Dysentery and liver abscess in Bombay - Number 47
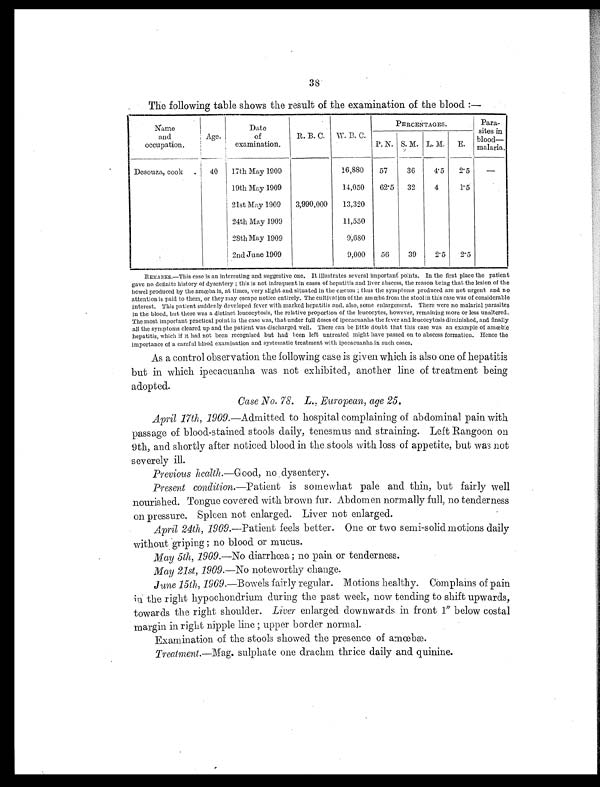
38
The following table shows the result of the examination of the blood :—
Name
and
occupation.
Age.
Date
of
examination.
R. B. C. W. B. C.
PERCENTAGES.
Para-
sites in
• blood—
malaria.
P. N. S. M. L. M. E.
Desouza, cook
40
17th May 1009
16,880
57
36
4.5
2.5
—
19th May 1909
14,050
62.5
32
4
1.5
21st May 1909
3,990,000
13,320
24th May 1909
11,550
28th May 1909
9,680
2nd June 1909
9,000
56
39
2.5
2.5
R E M A R K S . — T h i s c a s e i s a n i n t e r e s t i n g a n d s u g g e s t i v e o n e . I t i l l u s t r a t e s s e v e r a l i m p o r t a n t p o i n t s . I n t h e f i r s t p l a c e t h e p a t i e n t
gave no definite history of dysentery ; this is not infrequent in cases of hepatitis and liver abscess, the reason being that the lesion of the
bowel produced by the amœba i s, at ti mes, very sl i ght and si tuated i n the cæcum ; thus the symptoms produced are not urgent and no
attention is paid to them, or they may escape notice entirely. The cultivation of the amœba from the stool in this case was of considerable
interest. This patient suddenly developed fever with marked hepatitis and, also, some enlargement. There were no malarial parasites
in the blood, but there was a distinct leucocytosis, the relative proportion of the leucocytes, however, remaining more or less unaltered.
The most important practical point in the case was, that under full doses of ipecacuanha the fever and leucocytosis diminished, and finally
all the symptoms cleared. up and the patient was discharged well. There can be little doubt that this case was an example of amœbic
hepatitis, which if it had not been recognised but had keen left untreated might have passed on to abscess formation. Hence the
importance of a careful blood examination and systematic treatment with ipecacuanha in such cases.
As a control observation the following case is given which is also one of hepatitis
but in which ipecacuanha was not exhibited, another line of treatment being
adopted.
Case No. 78. L., European, age 25.
April 17th, 1909 .—Admitted to hospital complaining of abdominal pain with
passage of blood-stained stools daily, tenesmus and straining. Left Rangoon on
9th, and shortly after noticed blood in the stools with loss of appetite, but was not
severely ill.
Previous health. —Good, no dysentery.
Present condition. —Patient is somewhat pale and thin, but fairly well
nourished. Tongue covered with brown fur. Abdomen normally full, no tenderness
on pressure. Spleen not enlarged. Liver not enlarged..
April 24th, 1909 .—Patient feels better. One or two semi-solid motions daily
without griping ; no blood or mucus.
May 5th, 1909 .—No diarrhœa ; no pain or tenderness.
May 21st, 1909 .—No noteworthy change.
June 15th, 1909 .—Bowels fairly regular. Motions healthy. Complains of pain
i n t h e r i g h t h y p o c h o n d r i u m d u r i n g t h e p a s t w e e k , n o w t e n d i n g t o s h i f t u p w a r d s ,
towards the right shoulder. Liver enlarged downwards in front 1" below costal
margin in right nipple line ; upper border normal.
Examination of the stools showed the presence of amœbæ.
Treatment .—Mag. sulphate one drachm thrice daily and quinine.